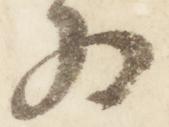
為